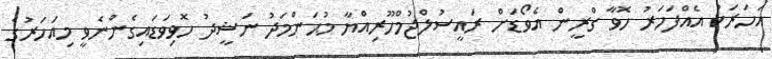
އަހަރަކު އެއްފަހަރު ހޮވާ ގްރީން އެވޯޑަށް ރައީސުލްޖުމްހޫރިއްޔާ މުޙަންމަދު ނަޝީދު ހޮވިވަޑައިގެންނެވީ މިއަހަރުގެ